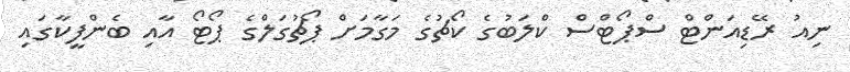
ނިއު ރޭޑިއަންޓް ސްޕޯޓްސް ކްލަބުގެ ކޯޗުގެ މަގާމަށް ޕޯޗުގަލްގެ ޕޯޓޯ އާއި ބެންފީކާގައި